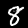
Digit: 8